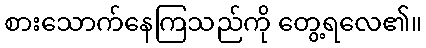
စားသောက်နေကြသည်ကို တွေ့ရလေ၏။